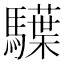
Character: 𩦭